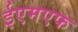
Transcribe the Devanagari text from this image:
ईएमएफ